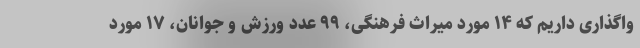
واگذاری داریم که ۱۴ مورد میراث فرهنگی، ۹۹ عدد ورزش و جوانان، ۱۷ مورد